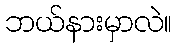
ဘယ်နားမှာလဲ။